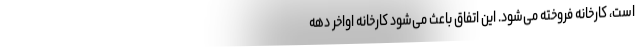
است، کارخانه فروخته می‌شود. این اتفاق باعث می‌شود کارخانه اواخر دهه